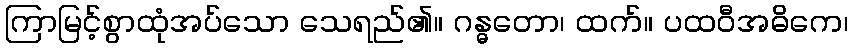
ကြာမြင့်စွာထုံအပ်သော သေရည်၏။ ဂန္ဓတော၊ ထက်။ ပထဝီအဓိကေ၊